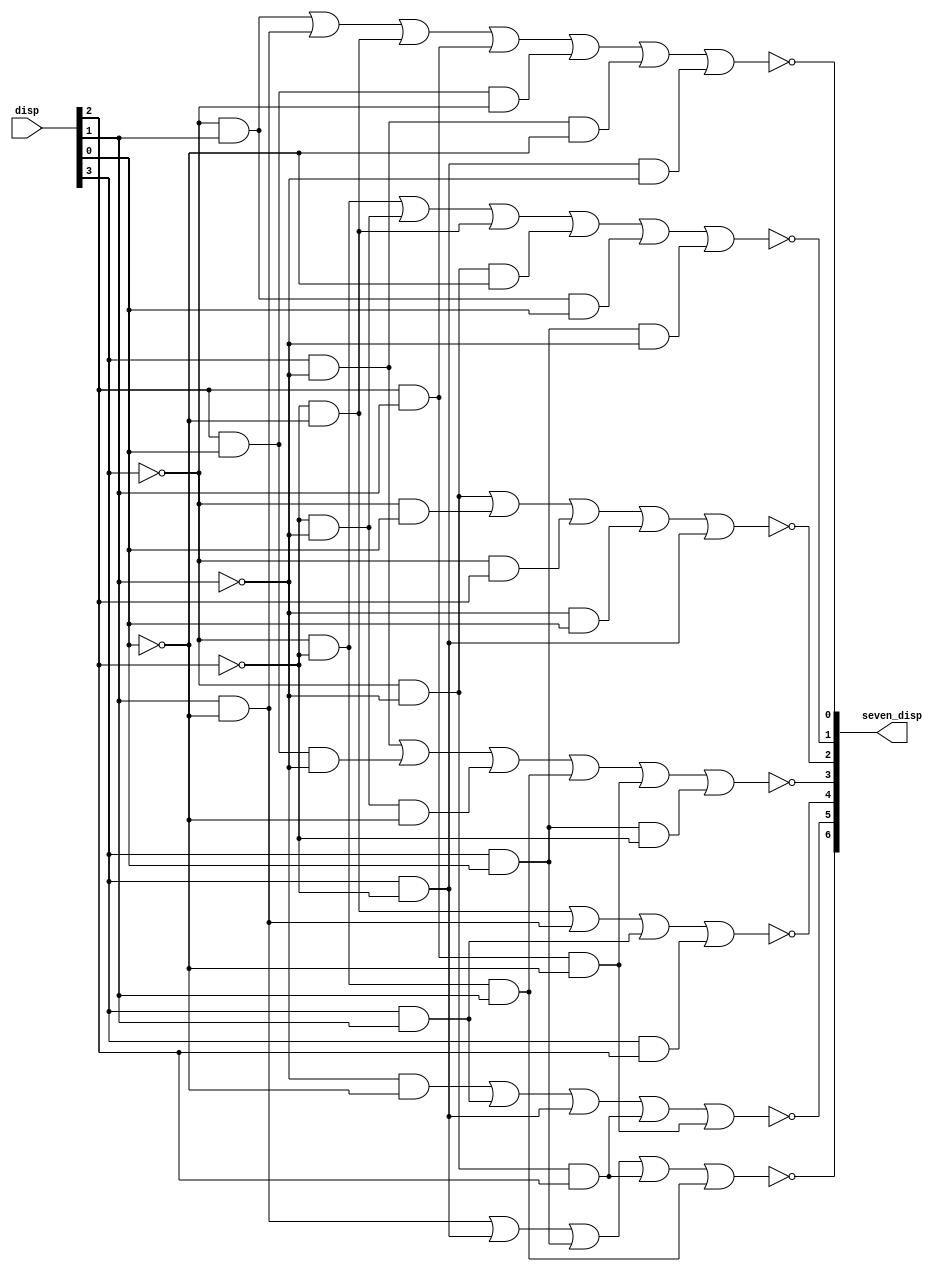
module seven_seg(disp, seven_disp);
input [3:0]disp;
output [6:0]seven_disp;

wire a, b, c, d;

assign a = disp[3];
assign b = disp[2];
assign c = disp[1];
assign d = disp[0];

assign seven_disp[0]=!((!a&c)||(c&!d)||(!b&!d)||(b&c)||(b&d&!a)||(a&!c&!d)||(a&!b&!c));
assign seven_disp[1]=!((!a&!b)||(!b&!c)||(!b&!d)||(!a&!c&!d)||(!a&c&d)||(a&d&!c));
assign seven_disp[2]=!((!a&!c)||(!a&d)||(!a&b)||(!c&d)||(a&!b));
assign seven_disp[3]=!((a&!c)||(b&d&!c)||(!b&!c&!d)||(!a&!b&c)||(b&c&!d)||(a&d&!b));
assign seven_disp[4]=!((!b&!d)||(c&!d)||(a&c)||(a&b));
assign seven_disp[5]=!((!c&!d)||(a&c)||(a&!b)||(!a&!c&b)||(b&c&!d));
assign seven_disp[6]=!((c&!d)||(a&!b)||(a&d)||(!c&!a&b)||(!a&!b&c));

endmodule